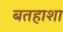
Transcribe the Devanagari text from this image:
बतहाशा